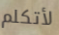
لأتكلم